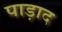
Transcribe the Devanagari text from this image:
पाड़ाद